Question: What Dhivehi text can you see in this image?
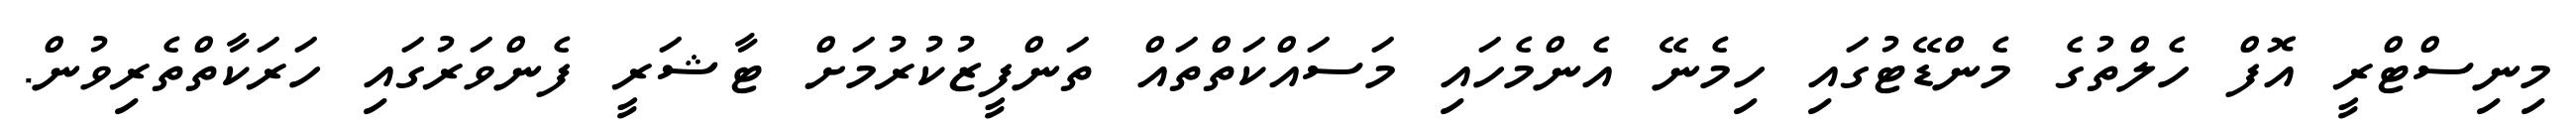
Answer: މިނިސްޓްރީ އޮފް ހެލްތުގެ މެންޑޭޓުގައި ހިމެނޭ އެންމެހައި މަސައްކަތްތައް ތަންފީޒުކުރުމަށް ޓާޝަރީ ފެންވަރުގައި ހަރަކާތްތެރިވުން.